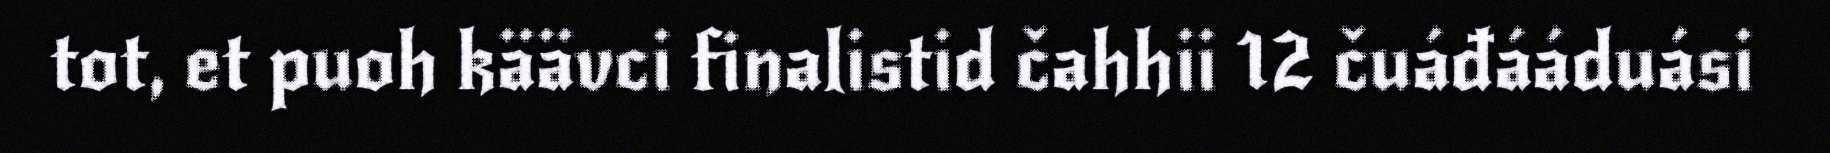
tot, et puoh käävci finalistid čahhii 12 čuáđááduási